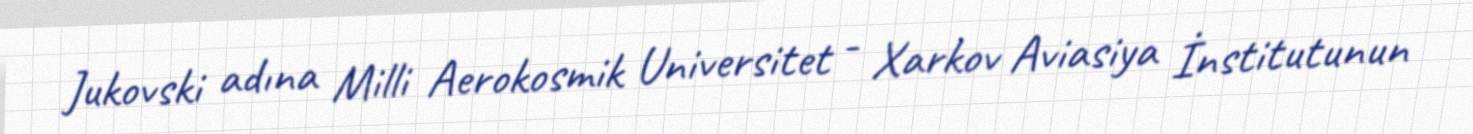
Jukovski adına Milli Aerokosmik Universitet - Xarkov Aviasiya İnstitutunun